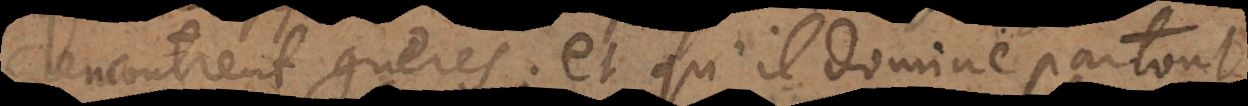
ncontrent guères; et qu’il domine partout